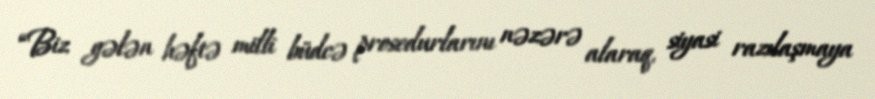
“Biz gələn həftə milli büdcə prosedurlarını nəzərə alaraq, siyasi razılaşmaya